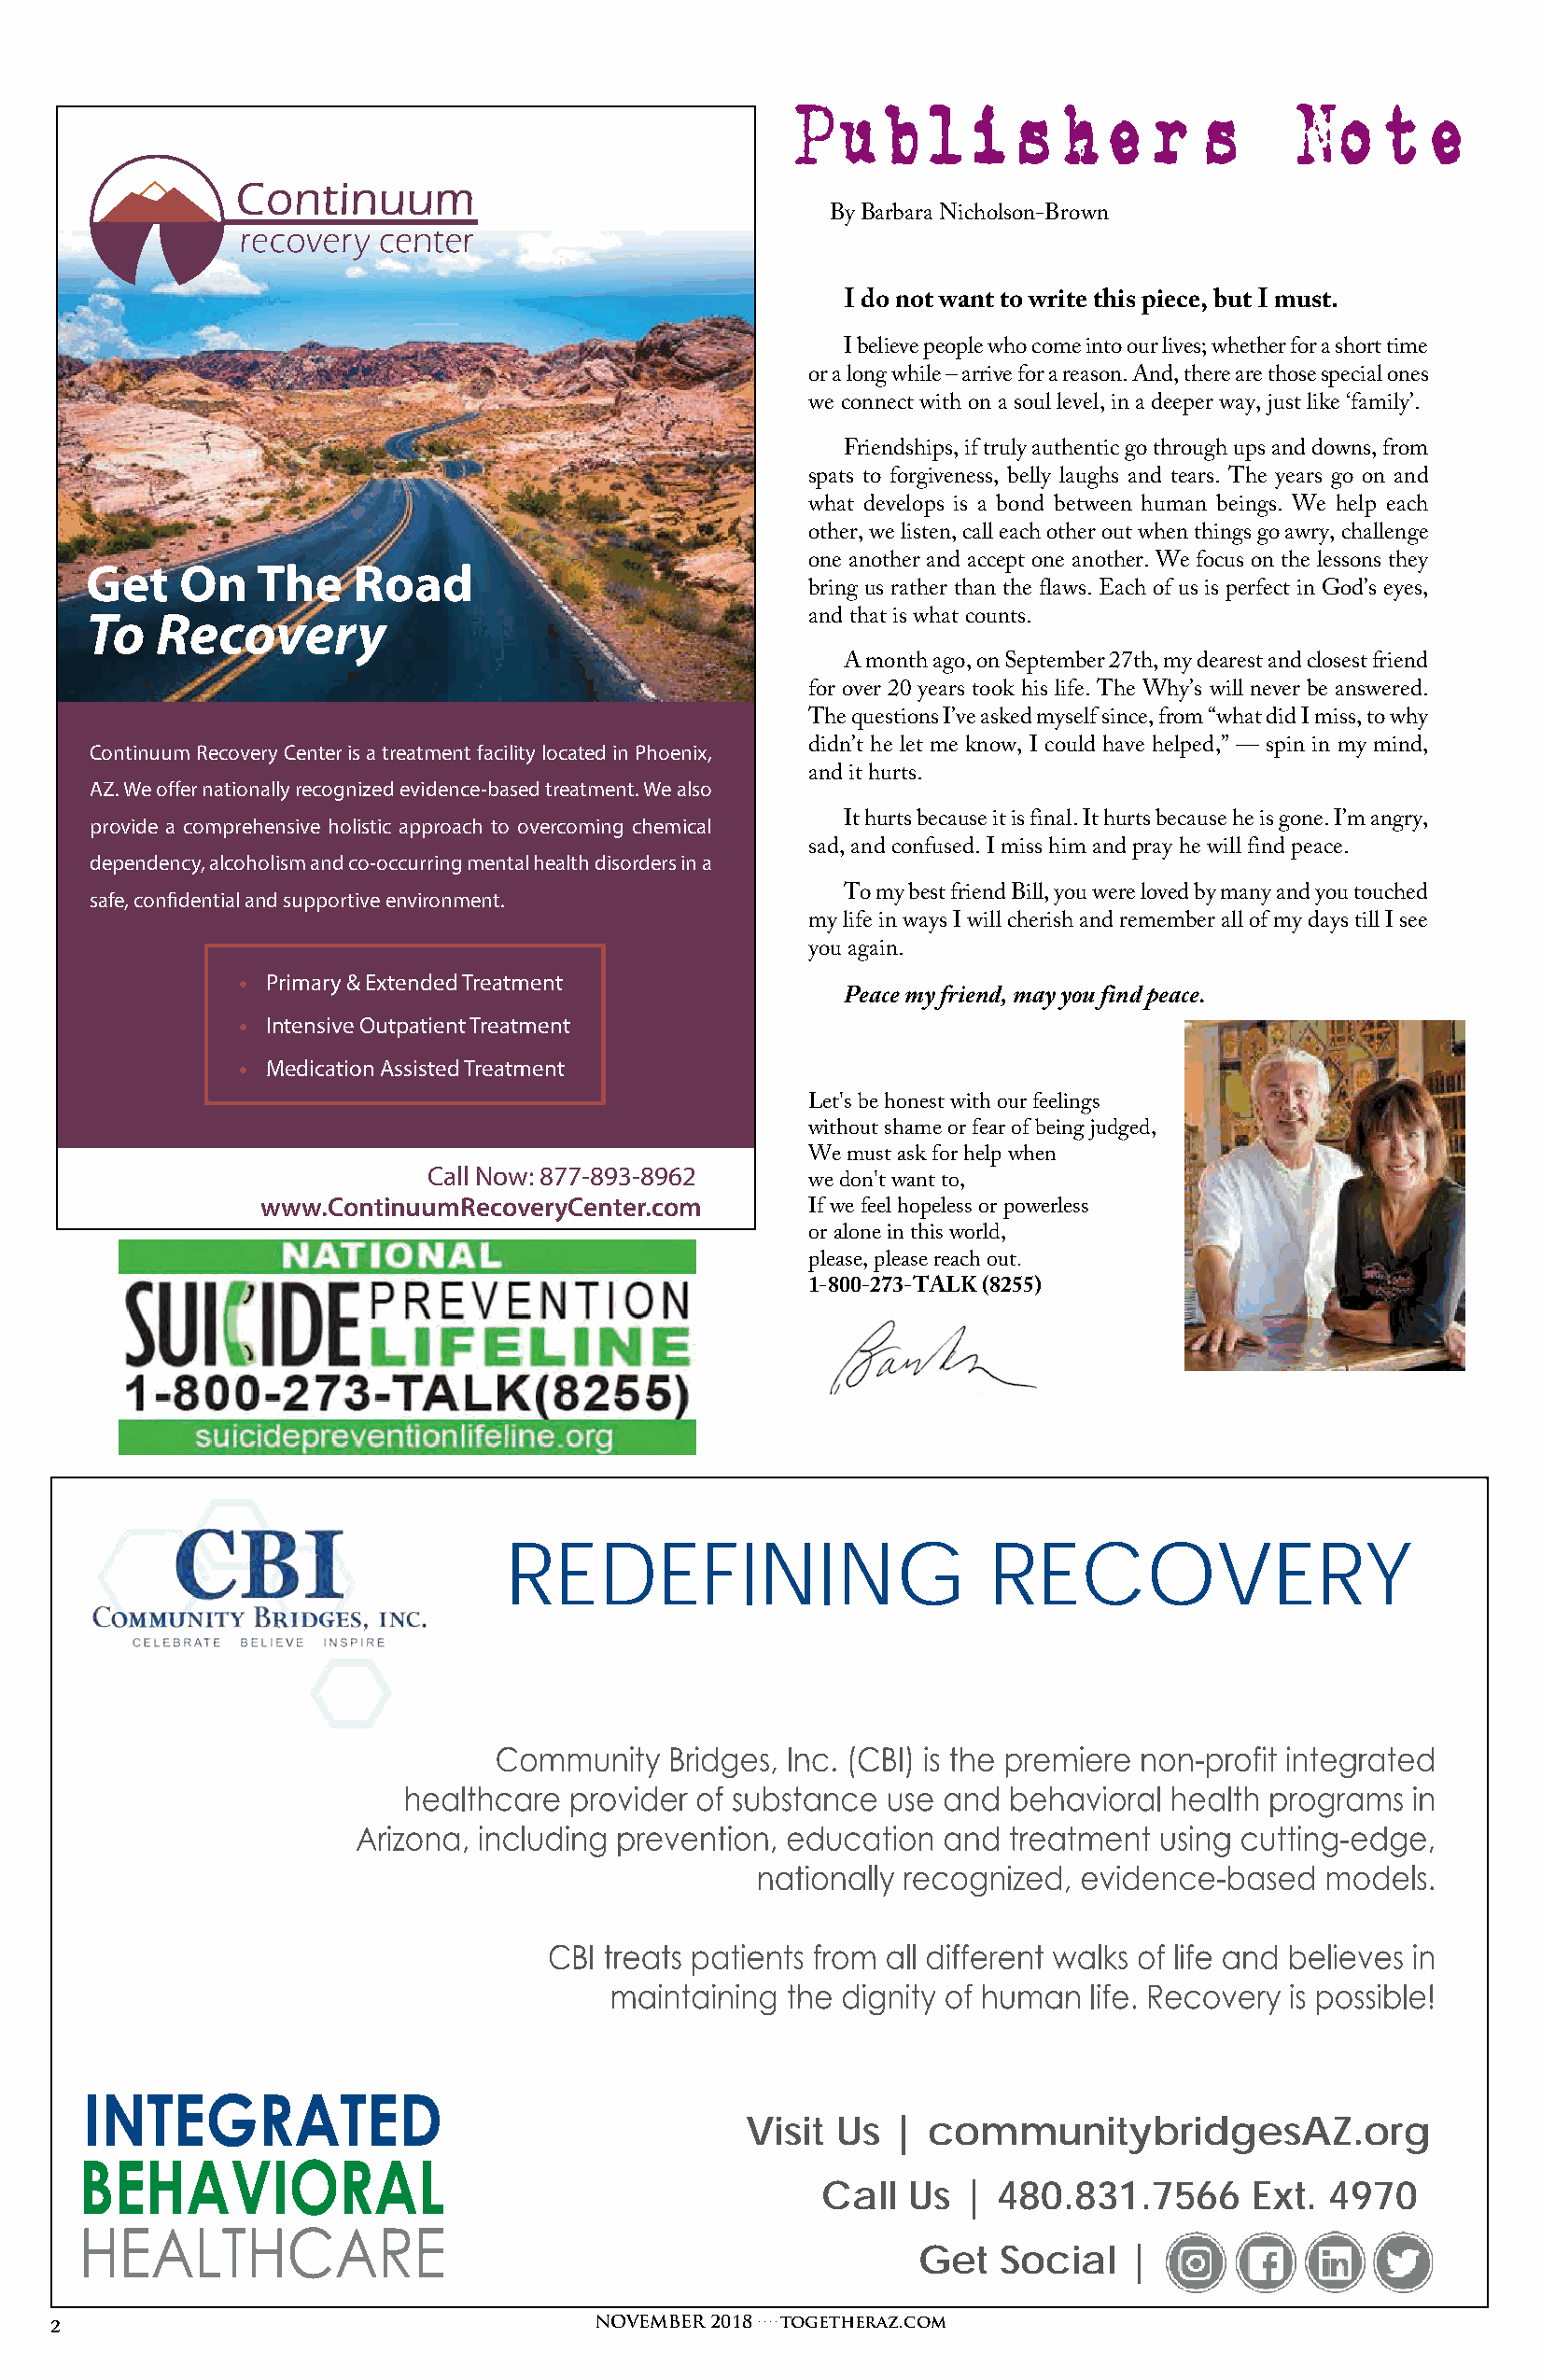
Publisher’s                         Note
 By Barbara Nicholson-Brown
 I do not want to write this piece, but I must.
 I believe people who come into our lives; whether for a short time
 or a long while – arrive for a reason. And, there are those special ones
 we connect with on a soul level, in a deeper way, just like ‘family’.
 Friendships, if truly authentic go through ups and downs, from
 spats to forgiveness, belly laughs and tears. The years go on and
 what develops is a bond between human beings. We help each
 other, we listen, call each other out when things go awry, challenge
 Get    On   The    Road                            one another and accept one another. We focus on the lessons they
 bring us rather than the flaws. Each of us is perfect in God’s eyes,
 To   Recovery                                      and that is what counts.
 A month ago, on September 27th, my dearest and closest friend
 for over 20 years took his life. The Why’s will never be answered.
 The questions I’ve asked myself since, from “what did I miss, to why
 Continuum Recovery Center is a treatment facility located in Phoenix, didn’t he let me know, I could have helped,” — spin in my mind,
 and it hurts.
 AZ. We offer nationally recognized evidence-based treatment. We also
 provide a comprehensive holistic approach to overcoming chemical It hurts because it is final. It hurts because he is gone. I’m angry,
 sad, and confused. I miss him and pray he will find peace.
 dependency, alcoholism and co-occurring mental health disorders in a
 safe, confidential and supportive environment.        To my best friend Bill, you were loved by many and you touched
 my life in ways I will cherish and remember all of my days till I see
 you again.
 • Primary & Extended Treatment
 Peace my friend, may you find peace.
 • Intensive Outpatient Treatment
 • Medication Assisted Treatment
 Let's be honest with our feelings
 without shame or fear of being judged,
 We must ask for help when
 Call Now: 877-893-8962
 we don't want to,
 www.ContinuumRecoveryCenter.com
 If we feel hopeless or powerless
 or alone in this world,
 please, please reach out.
 1-800-273-TALK (8255)
 REDEFINING                        RECOVERY
 Visit Us  |  communitybridgesAZ.org
 Call  Us  |  480.831.7566      Ext. 4970
 Get   Social   |
 NOVEMBER 2018 . . . . togetheraz.com
 2